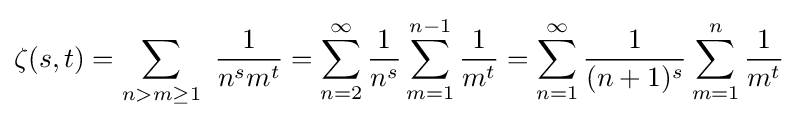
\zeta (s,t)=\sum _{n>m\geq 1}\ {\frac {1}{n^{s}m^{t}}}=\sum _{n=2}^{\infty }{\frac {1}{n^{s}}}\sum _{m=1}^{n-1}{\frac {1}{m^{t}}}=\sum _{n=1}^{\infty }{\frac {1}{(n+1)^{s}}}\sum _{m=1}^{n}{\frac {1}{m^{t}}}